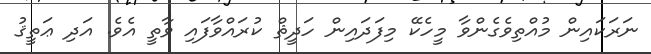
ނަރަކައިން މުއްތިވެގެންވާ މީހެކޭ މިފަދައިން ހަދީޘް ކުރައްވާފައި ވާތީ އެވެ. އަދި ޢަތީޤު